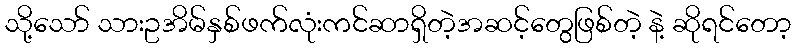
သို့သော် သားဥအိမ်နှစ်ဖက်လုံးကင်ဆာရှိတဲ့အဆင့်တွေဖြစ်တဲ့ နဲ့ ဆိုရင်တော့